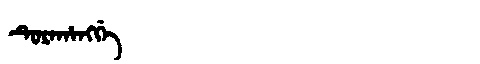
Manchu: ᡨᡠᡵᠠᡥᠠᠩᡤᡝ
Romanization: TURAHANGGE